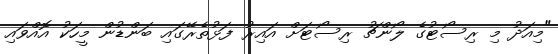
"މިއަދު މި ރިސޯޓުގެ ލޯންޗު ރިސޯޓަށް އައިރު ފަޅުތެރޭގައި ބަންޑުން މީހަކު އޮއްވައި